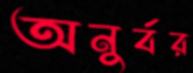
অনুর্বর